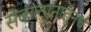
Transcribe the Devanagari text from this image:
संकल्पनातूनच